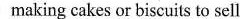
making cakes or biscuits to sell